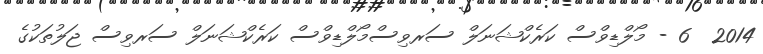
2014  6 - މޯލްޑިވްސް ކަރެކްޝަނަލް ސަރވިސްމޯލްޑިވްސް ކަރެކްޝަނަލް ސަރވިސް ޖަލުތަކުގެ